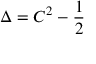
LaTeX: \Delta = C ^ { 2 } - { \frac { 1 } { 2 } }